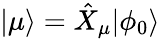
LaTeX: \vert\mu\rangle=\hat{X}_{\mu}\vert\phi_{0}\rangle